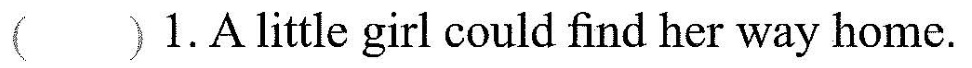
()1.A little girl could find her way home.